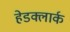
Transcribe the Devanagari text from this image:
हेडक्लार्क